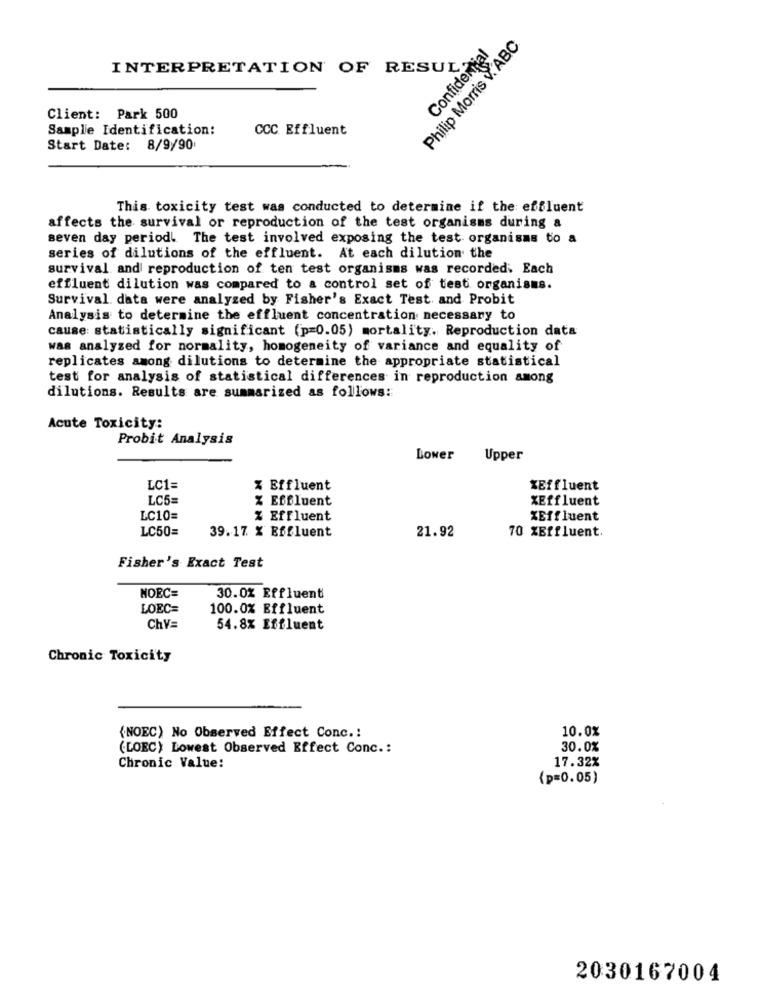
Philip Morris V. ABC
Confidential
INTERPRETATION OF RESUL
Client: Park 500
Sample Identification:
CCC Effluent
Start Date: 8/9/90
This. toxicity test was conducted to determine if the effluent
affects the survival or reproduction of the test organisms during a
seven day period. The test involved exposing the test organisms to a
series of dilutions of the effluent. At each dilution the
survival and reproduction of ten test organisms was recorded. Each
effluent dilution was compared to a control set of test organisms.
Survival. data were analyzed by Fisher's Exact Test and Probit
Analysis to determine the effluent concentration necessary to
cause: statistically significant (p=0.05) mortality. Reproduction data
was analyzed for normality, homogeneity of variance and equality of
replicates among dilutions to determine the appropriate statistical
test for analysis of statistical differences in reproduction among
dilutions. Results are summarized as follows:
Acute Toxicity:
Probit Analysis
Lower
Upper
LC1=
% Effluent
*Effluent
LC5=
Effluent
XEffluent
LC10=
% Effluent
XEffluent
LC50=
39.17. % Effluent
21.92
70 %Effluent.
Fisher's Exact Test
NOEC=
30.0% Effluent
LOEC=
100.0% Effluent
ChV=
54.8% Effluent
Chronic Toxicity
10.0%
{NOEC) No Observed Effect Conc .:
(LOEC) Lowest Observed Effect Conc .:
30.0%
17.32%
Chronic Value:
(p=0.05)
2030167004